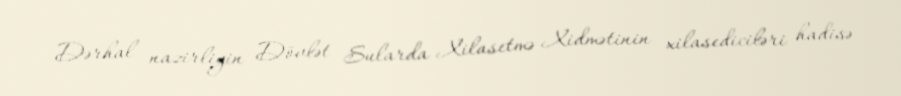
Dərhal nazirliyin Dövlət Sularda Xilasetmə Xidmətinin xilasediciləri hadisə